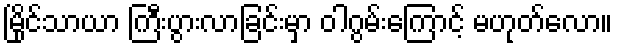
မြိုင်သာယာ ကြီးပွားလာခြင်းမှာ ဝါဂွမ်းကြောင့် မဟုတ်လော။